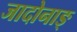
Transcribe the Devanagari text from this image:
जादोनाङ्